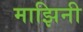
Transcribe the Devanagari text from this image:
माझिनी